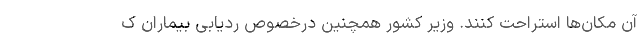
آن مکان‌ها استراحت کنند. وزیر کشور همچنین درخصوص ردیابی بیماران ک